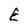
Character: E